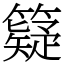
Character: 籎